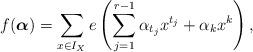
LaTeX: \begin{align*}f(\boldsymbol{\alpha} ) = \sum_{x \in I_X } e \left( \sum_{j=1}^{r-1} \alpha_{t_j} x^{t_j} + \alpha_k x^k \right),\end{align*}